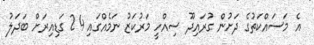
އެ މަސައްކަތުގެ ދަށުން ގުރައިދޫ ސިއްހީ މަރުކަޒު ނަމެއްގައި 24 ގަޑިއިރަށް ބަދަލު